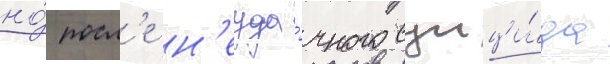
но́ посл'е н'еуда́чного суици́да